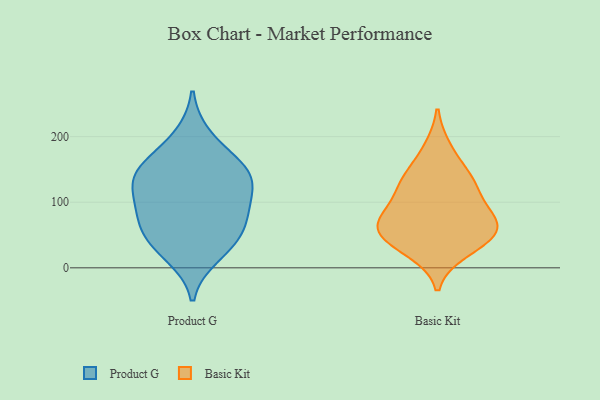
{"axis": {"x": "Energy Usage (MWh)", "y": "Value"}, "legend": ["Basic Kit", "Product G"], "data": [{"x": "", "y": 149, "type": "Product G"}, {"x": "", "y": 82, "type": "Product G"}, {"x": "", "y": 132, "type": "Product G"}, {"x": "", "y": 102, "type": "Product G"}, {"x": "", "y": 133, "type": "Product G"}, {"x": "", "y": 161, "type": "Product G"}, {"x": "", "y": 200, "type": "Product G"}, {"x": "", "y": 58, "type": "Product G"}, {"x": "", "y": 144, "type": "Product G"}, {"x": "", "y": 19, "type": "Product G"}, {"x": "", "y": 52, "type": "Product G"}, {"x": "", "y": 35, "type": "Product G"}, {"x": "", "y": 90, "type": "Product G"}, {"x": "", "y": 181, "type": "Basic Kit"}, {"x": "", "y": 133, "type": "Basic Kit"}, {"x": "", "y": 56, "type": "Basic Kit"}, {"x": "", "y": 57, "type": "Basic Kit"}, {"x": "", "y": 134, "type": "Basic Kit"}, {"x": "", "y": 37, "type": "Basic Kit"}, {"x": "", "y": 65, "type": "Basic Kit"}, {"x": "", "y": 93, "type": "Basic Kit"}, {"x": "", "y": 60, "type": "Basic Kit"}, {"x": "", "y": 26, "type": "Basic Kit"}, {"x": "", "y": 82, "type": "Basic Kit"}, {"x": "", "y": 127, "type": "Basic Kit"}]}